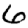
Digit: 6